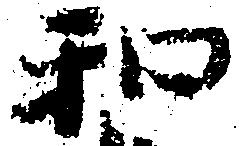
和